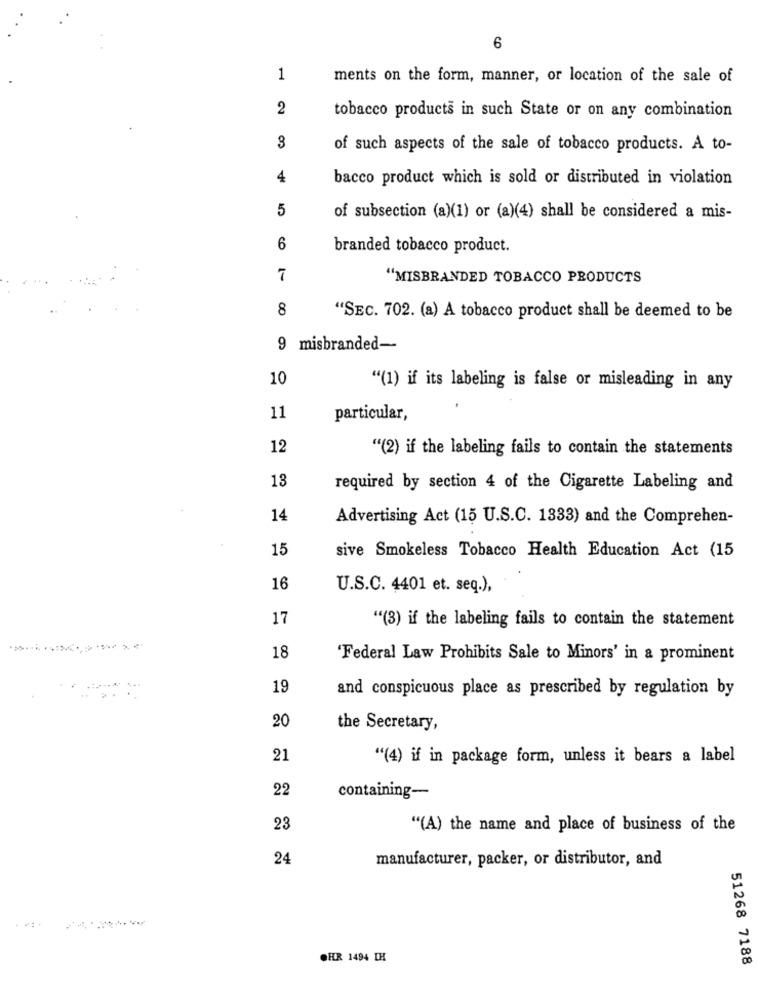
6
1
ments on the form, manner, or location of the sale of
2
tobacco products in such State or on any combination
3
of such aspects of the sale of tobacco products. A to-
4
bacco product which is sold or distributed in violation
5
of subsection (a)(1) or (a)(4) shall be considered a mis-
6
branded tobacco product.
7
"MISBRANDED TOBACCO PRODUCTS
8
"SEC. 702. (a) A tobacco product shall be deemed to be
9 misbranded-
10
"(1) if its labeling is false or misleading in any
11
particular,
12
"(2) if the labeling fails to contain the statements
13
required by section 4 of the Cigarette Labeling and
14
Advertising Act (15 U.S.C. 1333) and the Comprehen-
15
sive Smokeless Tobacco Health Education Act (15
16
U.S.C. 4401 et. seq.),
17
"(3) if the labeling fails to contain the statement
18
'Federal Law Prohibits Sale to Minors' in a prominent
19
and conspicuous place as prescribed by regulation by
20
the Secretary,
21
"(4) if in package form, unless it bears a label
22
containing-
23
"(A) the name and place of business of the
24
manufacturer, packer, or distributor, and
OHR 1494 IH
51268 7188